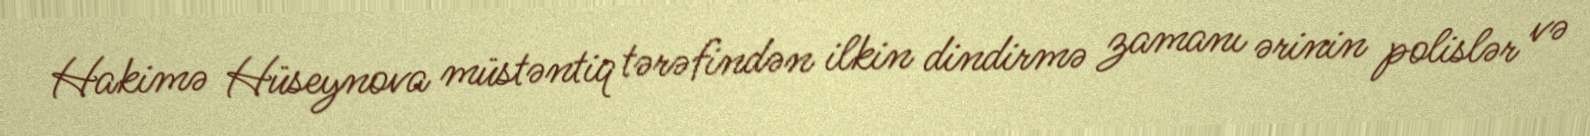
Hakimə Hüseynova müstəntiq tərəfindən ilkin dindirmə zamanı ərinin polislər və